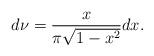
LaTeX: \begin{align*} d\nu=\frac{ x}{\pi \sqrt{1-x^2}}dx.\end{align*}